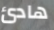
هادئ